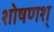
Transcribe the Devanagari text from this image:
शोषणश्